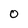
Character: 0